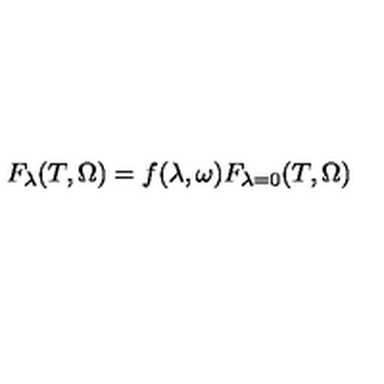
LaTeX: F _ { \lambda } ( T , \Omega ) = f ( \lambda , \omega ) F _ { \lambda = 0 } ( T , \Omega )